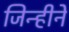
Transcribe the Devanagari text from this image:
जिन्हीने